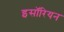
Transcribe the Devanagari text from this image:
इसॉरियन